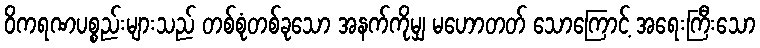
ဝိကရဏပစ္စည်းများသည် တစ်စုံတစ်ခုသော အနက်ကိုမျှ မဟောတတ် သောကြောင့် အရေးကြီးသော